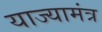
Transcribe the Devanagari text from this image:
याज्यामंत्र